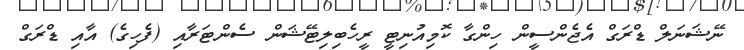
ނޭޝަނަލް ޑްރަގް އެޖެންސީން ހިންގާ ކޮމިއުނިޓީ ރީހެބިލިޓޭޝަން ސެންޓަރާއި (ފެހިގެ) އާއި ޑްރަގް